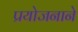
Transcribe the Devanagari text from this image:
प्रयोजनाने